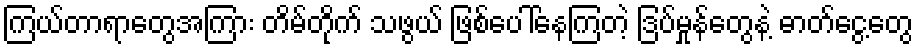
ကြယ်တာရာတွေအကြား တိမ်တိုက် သဖွယ် ဖြစ်ပေါ်နေကြတဲ့ ဒြပ်မှုန်တွေနဲ့ ဓာတ်ငွေ့တွေ